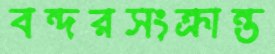
বন্দরসংক্রান্ত